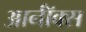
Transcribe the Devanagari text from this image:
आर्नॉक्स